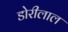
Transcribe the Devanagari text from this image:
डोरीलाल